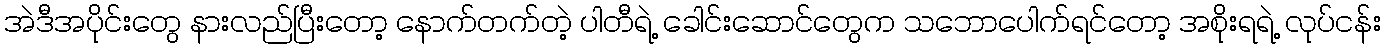
အဲဒီအပိုင်းတွေ နားလည်ပြီးတော့ နောက်တက်တဲ့ ပါတီရဲ့ ခေါင်းဆောင်တွေက သဘောပေါက်ရင်တော့ အစိုးရရဲ့ လုပ်ငန်း